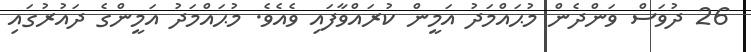
26 ދުވަސް ވަންދެން މުޙައްމަދު އަމީން ކުރައްވާފައި ވެއެވެ. މުޙައްމަދު އަމީންގެ ދައުރުގައި